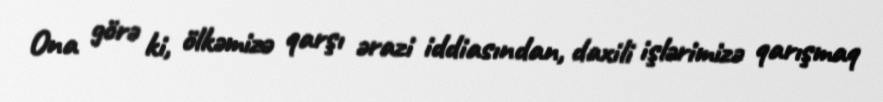
Ona görə ki, ölkəmizə qarşı ərazi iddiasından, daxili işlərimizə qarışmaq